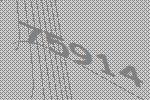
75914